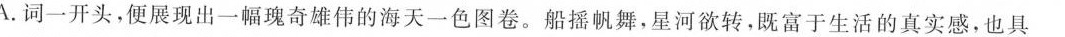
A.词一开头，便展现出一幅瑰奇雄伟的海天一色图卷。船摇帆舞，星河欲转，既富于生活的真实感，也具